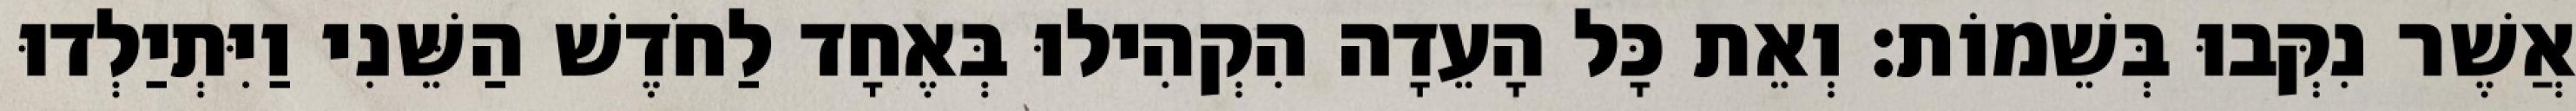
אֲשֶׁר נִקְּבוּ בְּשֵׁמוֹת׃ וְאֵת כָּל הָעֵדָה הִקְהִילוּ בְּאֶחָד לַחֹדֶשׁ הַשֵּׁנִי וַיִּתְיַלְדוּ